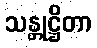
သန္တုဋ္ဌိတာ